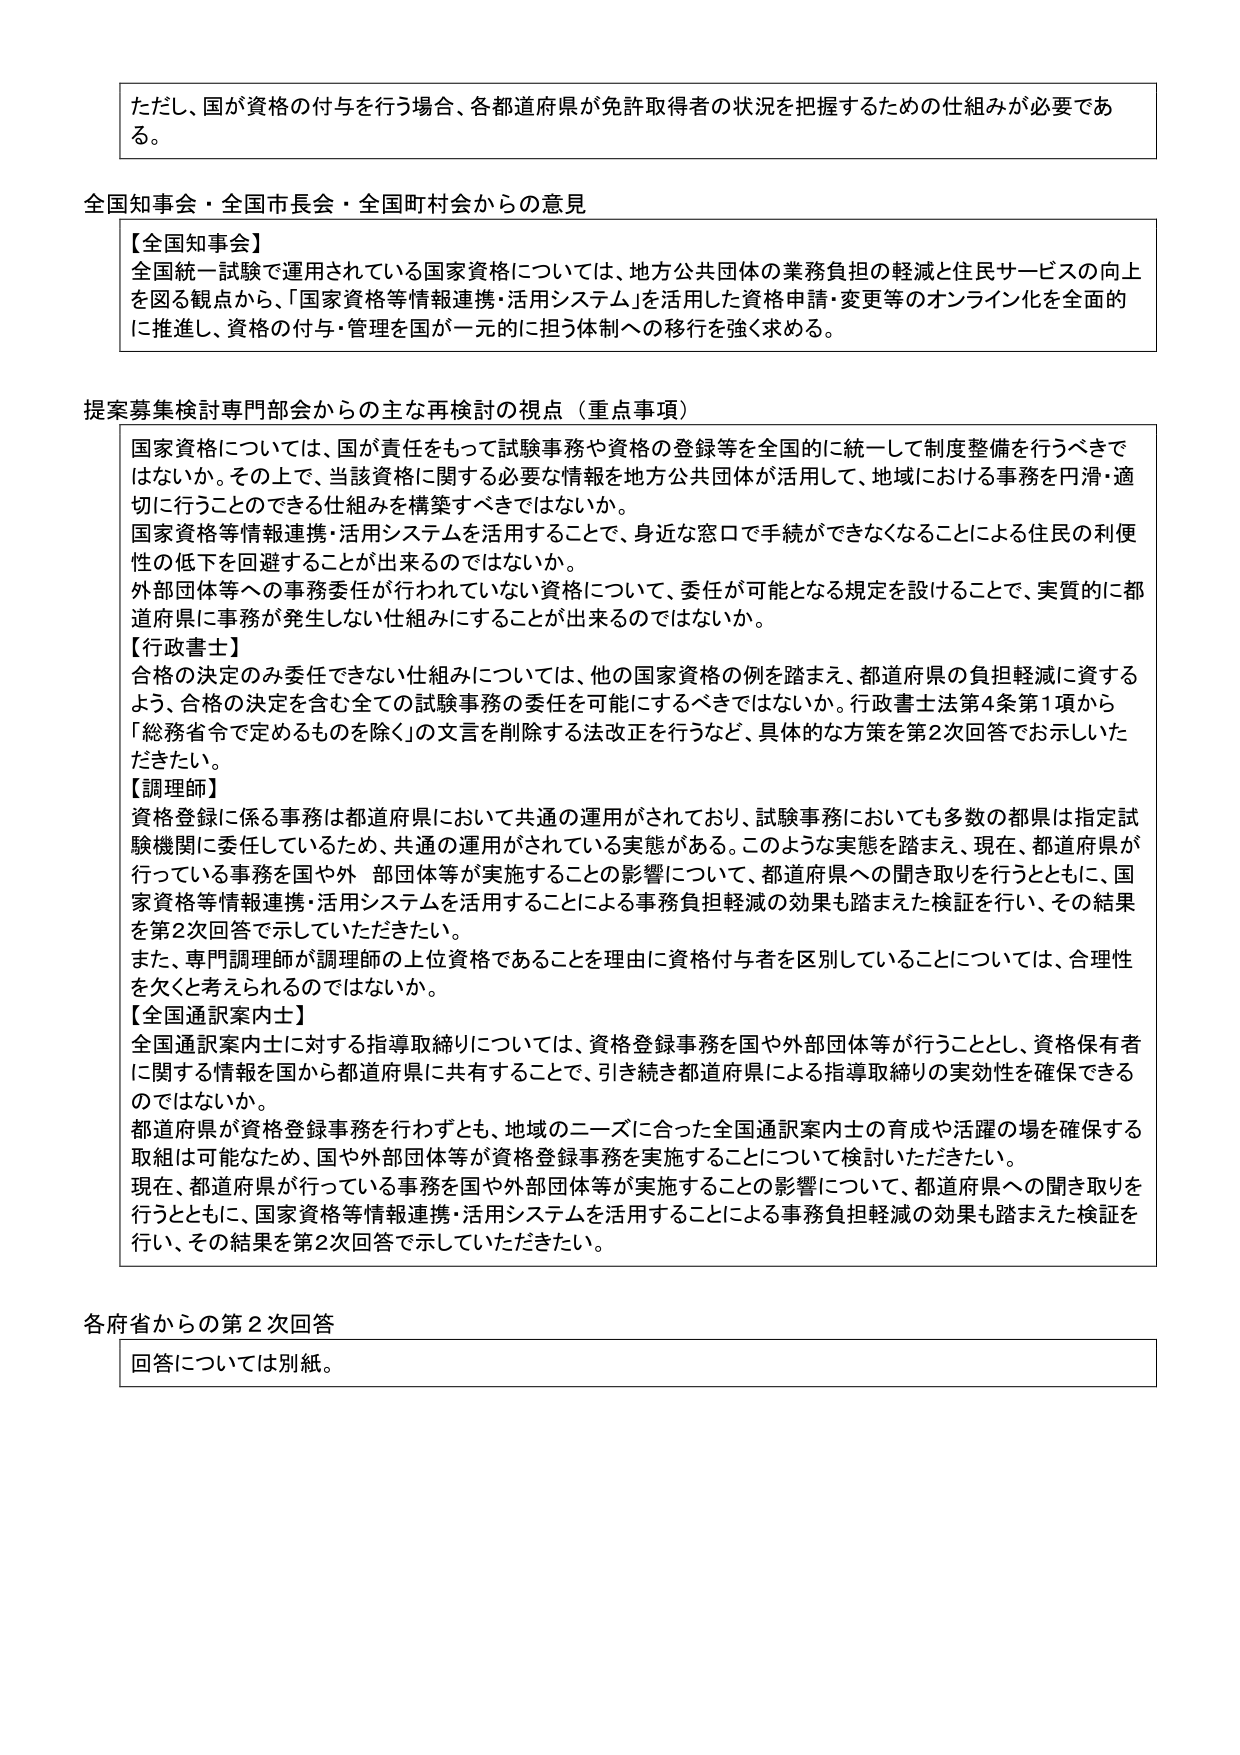
ただし、国が資格の付与を行う場合、各都道府県が免許取得者の状況を把握するための仕組みが必要である。

全国知事会・全国市長会・全国町村会からの意見

【全国知事会】
全国統一試験で運用されている国家資格については、地方公共団体の業務負担の軽減と住民サービスの向上を図る観点から、「国家資格等情報連携・活用システム」を活用した資格申請・変更等のオンライン化を全面的に推進し、資格の付与・管理を国が一元的に担う体制への移行を強く求める。

提案募集検討専門部会からの主な再検討の視点（重点事項）

国家資格については、国が責任をもって試験事務や資格の登録等を全国的に統一して制度整備を行うべきではないか。その上で、当該資格に関する必要な情報を地方公共団体が活用して、地域における事務を円滑・適切に行うことのできる仕組みを構築すべきではないか。
国家資格等情報連携・活用システムを活用することで、身近な窓口で手続ができなくなることによる住民の利便性の低下を回避することが出来るのではないか。
外部団体等への事務委任が行われていない資格について、委任が可能となる規定を設けることで、実質的に都道府県に事務が発生しない仕組みにすることが出来るのではないか。

【行政書士】
合格の決定のみ委任できない仕組みについては、他の国家資格の例を踏まえ、都道府県の負担軽減に資するよう、合格の決定を含む全ての試験事務の委任を可能にするべきではないか。行政書士法第4条第1項から「総務省令で定めるものを除く」の文言を削除する法改正を行うなど、具体的な方策を第2次回答でお示しいただきたい。

【調理師】
資格登録に係る事務は都道府県において共通の運用がされており、試験事務においても多数の都県は指定試験機関に委任しているため、共通の運用がされている実態がある。このような実態を踏まえ、現在、都道府県が行っている事務を国や外部団体等が実施することの影響について、都道府県への聞き取りを行うとともに、国家資格等情報連携・活用システムを活用することによる事務負担軽減の効果も踏まえた検証を行い、その結果を第2次回答で示していただきたい。
また、専門調理師が調理師の上位資格であることを理由に資格付与者を区別していることについては、合理性を欠くと考えられてはならないか。

【全国通訳案内士】
全国通訳案内士に対する指導取締りについては、資格登録事務を国や外部団体等が行うこととし、資格保有者に関する情報を国から都道府県に共有することで、引き続き都道府県による指導取締りの実効性を確保できるのではないか。
都道府県が資格登録事務を行わずとも、地域のニーズに合った全国通訳案内士の育成や活躍の場を確保する取組は可能なため、国や外部団体等が資格登録事務を実施することについて検討いただきたい。
現在、都道府県が行っている事務を国や外部団体等が実施することの影響について、都道府県への聞き取りを行うとともに、国家資格等情報連携・活用システムを活用することによる事務負担軽減の効果も踏まえた検証を行い、その結果を第2次回答で示していただきたい。

各府省からの第2次回答
回答については別紙。